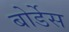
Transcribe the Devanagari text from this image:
बोर्डेस